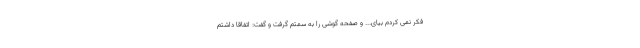
فکر نمی کردم بیای... و صفحه گوشی را به سمتم گرفت و گفت: اتفاقاً داشتم